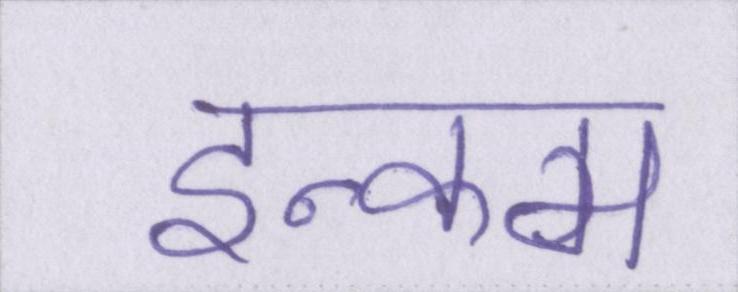
इन्कम